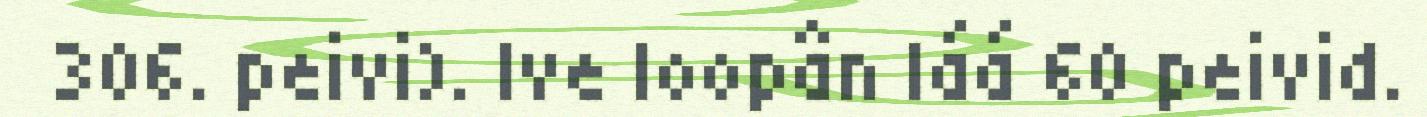
306. peivi). Ive loopân láá 60 peivid.